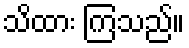
သိထား ကြသည်။